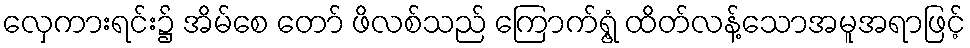
လှေကားရင်း၌ အိမ်စေ တော် ဖိလစ်သည် ကြောက်ရွံ့ ထိတ်လန့်သောအမူအရာဖြင့်